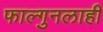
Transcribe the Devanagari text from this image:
फाल्गुनलाही